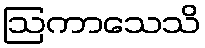
ဩကာသေသိ